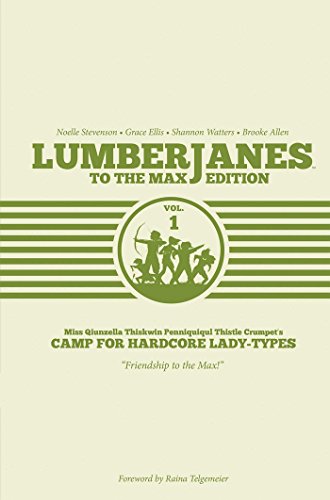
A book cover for Lumberjanes To The Max Edition Vol. 1; Shannon Watters; Comics & Graphic Novels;